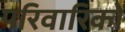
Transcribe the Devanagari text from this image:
परिवारिकों